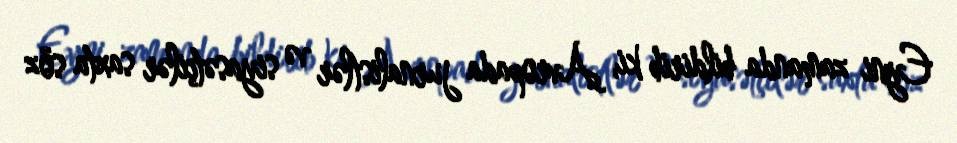
Eyni zamanda bildirib ki, Avropada jurnalistlər və siyasətçilər saxta söz